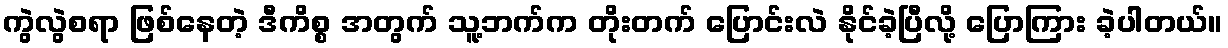
ကွဲလွဲစရာ ဖြစ်နေတဲ့ ဒီကိစ္စ အတွက် သူ့ဘက်က တိုးတက် ပြောင်းလဲ နိုင်ခဲ့ပြီလို့ ပြောကြား ခဲ့ပါတယ်။